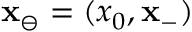
\mathbf { x } _ { \ominus } = ( x _ { 0 } , \mathbf { x } _ { - } )